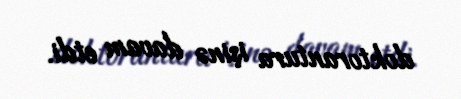
doktorantura işinə davam etdi.